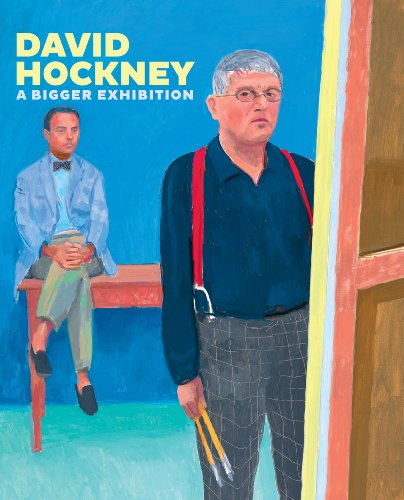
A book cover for David Hockney: A Bigger Exhibition; Richard Benefield; Arts & Photography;